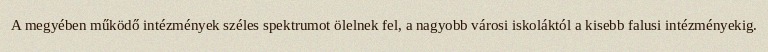
A megyében működő intézmények széles spektrumot ölelnek fel, a nagyobb városi iskoláktól a kisebb falusi intézményekig.